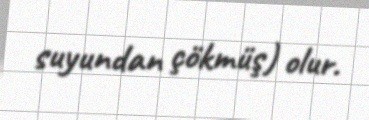
suyundan çökmüş) olur.